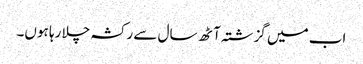
اب میں گزشتہ آٹھ سال سے رکشہ چلا رہا ہوں۔